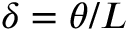
\delta = \theta / L